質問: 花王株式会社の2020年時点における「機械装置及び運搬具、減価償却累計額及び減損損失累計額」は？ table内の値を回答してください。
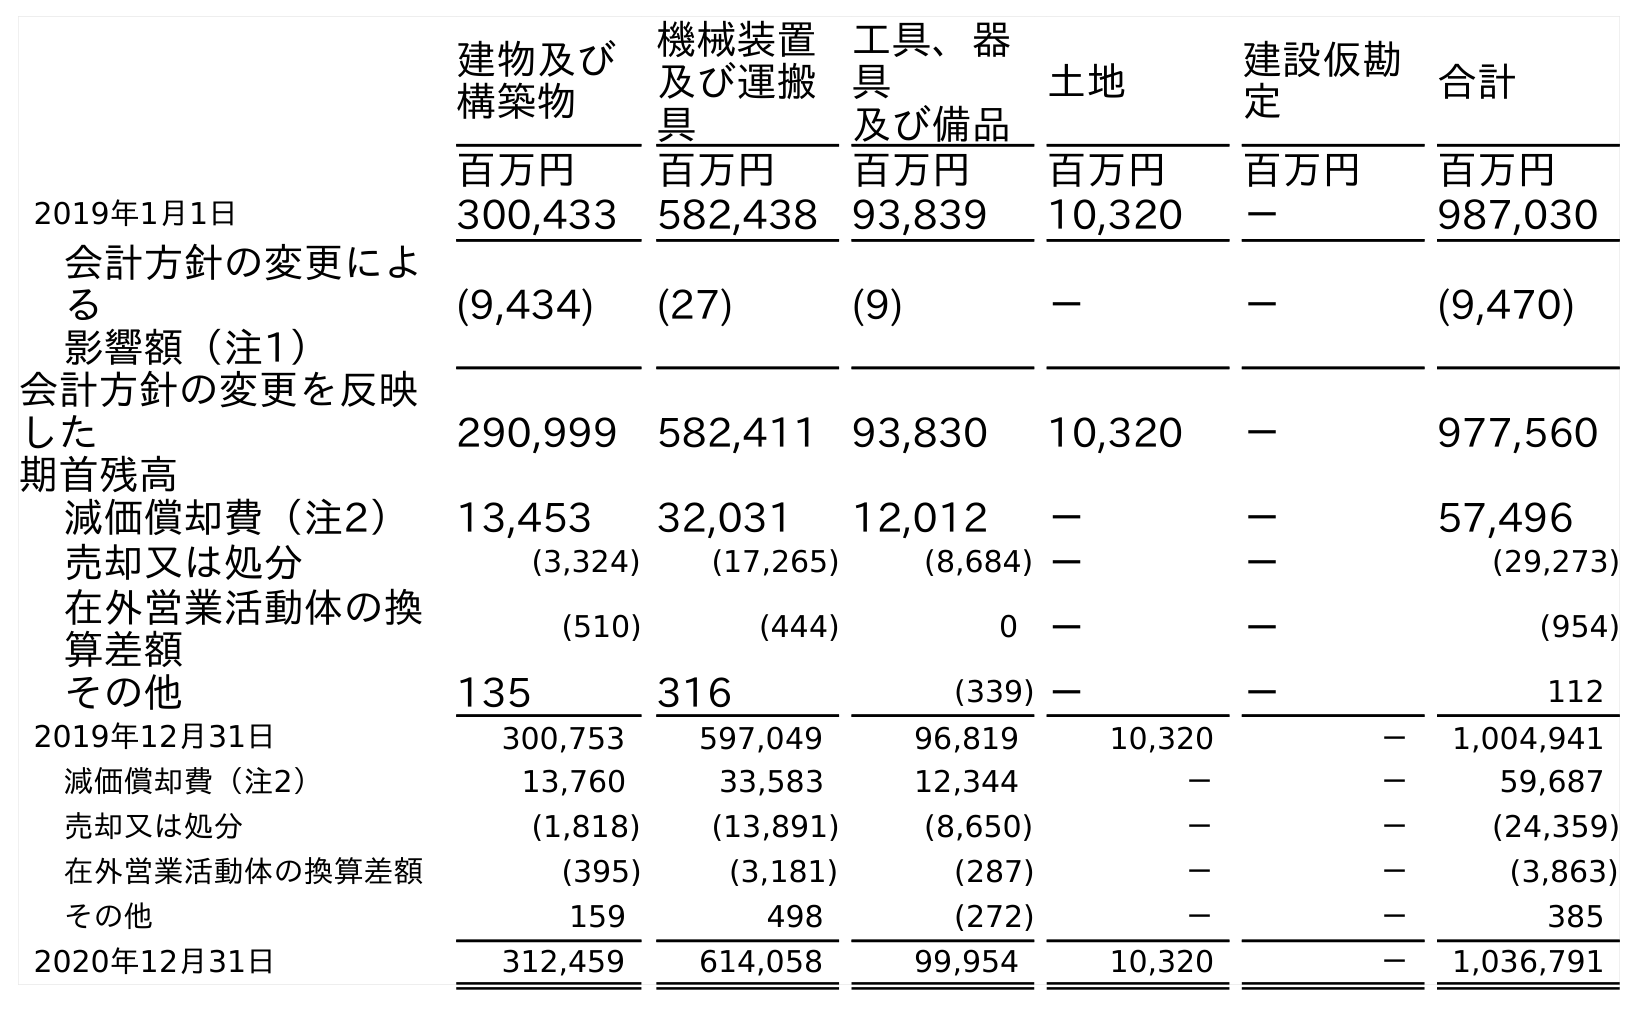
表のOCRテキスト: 建物及び 構築物 機械装置 及び運搬 具 工具、器 具 及び備品 土地 建設仮勘 定 合計 百万円 百万円 百万円 百万円 百万円 百万円 2019年1月1日 300,433 582,438 93,839 10,320 － 987,030 会計方針の変更によ る 影響額（注1） (9,434) (27) (9) － － (9,470) 会計方針の変更を反映 した 期首残高 290,999 582,411 93,830 10,320 － 977,560 減価償却費（注2） 13,453 32,031 12,012 － － 57,496 売却又は処分 (3,324) (17,265) (8,684) － － (29,273) 在外営業活動体の換 算差額 (510) (444) 0 － － (954) その他 135 316 (339) － － 112 2019年12月31日 300,753 597,049 96,819 10,320 － 1,004,941 減価償却費（注2） 13,760 33,583 12,344 － － 59,687 売却又は処分 (1,818) (13,891) (8,650) － － (24,359) 在外営業活動体の換算差額 (395) (3,181) (287) － － (3,863) その他 159 498 (272) － － 385 2020年12月31日 312,459 614,058 99,954 10,320 － 1,036,791
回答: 614,058